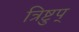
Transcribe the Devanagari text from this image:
त्रिष्टुप्‌